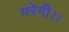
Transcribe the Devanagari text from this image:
मरेगी।।